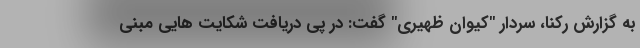
به گزارش رکنا، سردار "کیوان ظهیری" گفت: در پی دریافت شکایت هایی مبنی